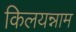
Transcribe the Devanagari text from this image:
किलयन्नाम